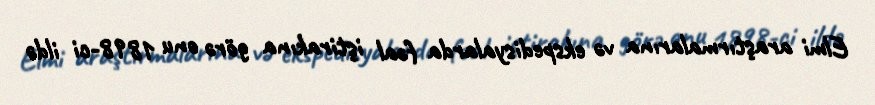
Elmi araştırmalarına və ekspedisyalarda fəal iştirakına görə onu 1898-ci ildə